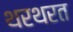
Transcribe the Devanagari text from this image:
थरथरत